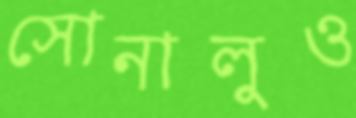
সোনালুও